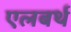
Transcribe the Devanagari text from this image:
एलबर्थ